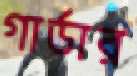
গার্ডার